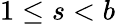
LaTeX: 1\leq s<b